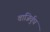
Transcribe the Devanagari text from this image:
वाजिर्वुध